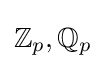
\mathbb {Z} _{p},\mathbb {Q} _{p}